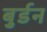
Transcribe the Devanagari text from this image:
बुर्डन